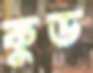
কুড